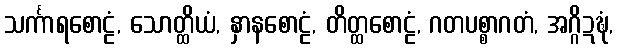
သင်္ကာရစောဠံ, သောတ္ထိယံ, နှာနစောဠံ, တိတ္ထစောဠံ, ဂတပစ္စာဂတံ, အဂ္ဂိဍဍ္ဎံ,